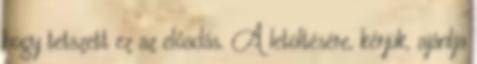
hogy tetszett ez az előadás. A letöltésére, kérjük, ajánlja